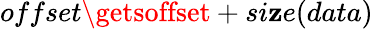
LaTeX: offset\getsoffset+si\mathbf{z}e(data)